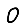
Digit: 0